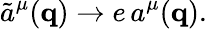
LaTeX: \tilde{a}^{\mu}({\mathbf{q}})\rightarrow e\, a^{\mu}({\mathbf{q}}).